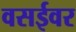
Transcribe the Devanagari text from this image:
वसईवर